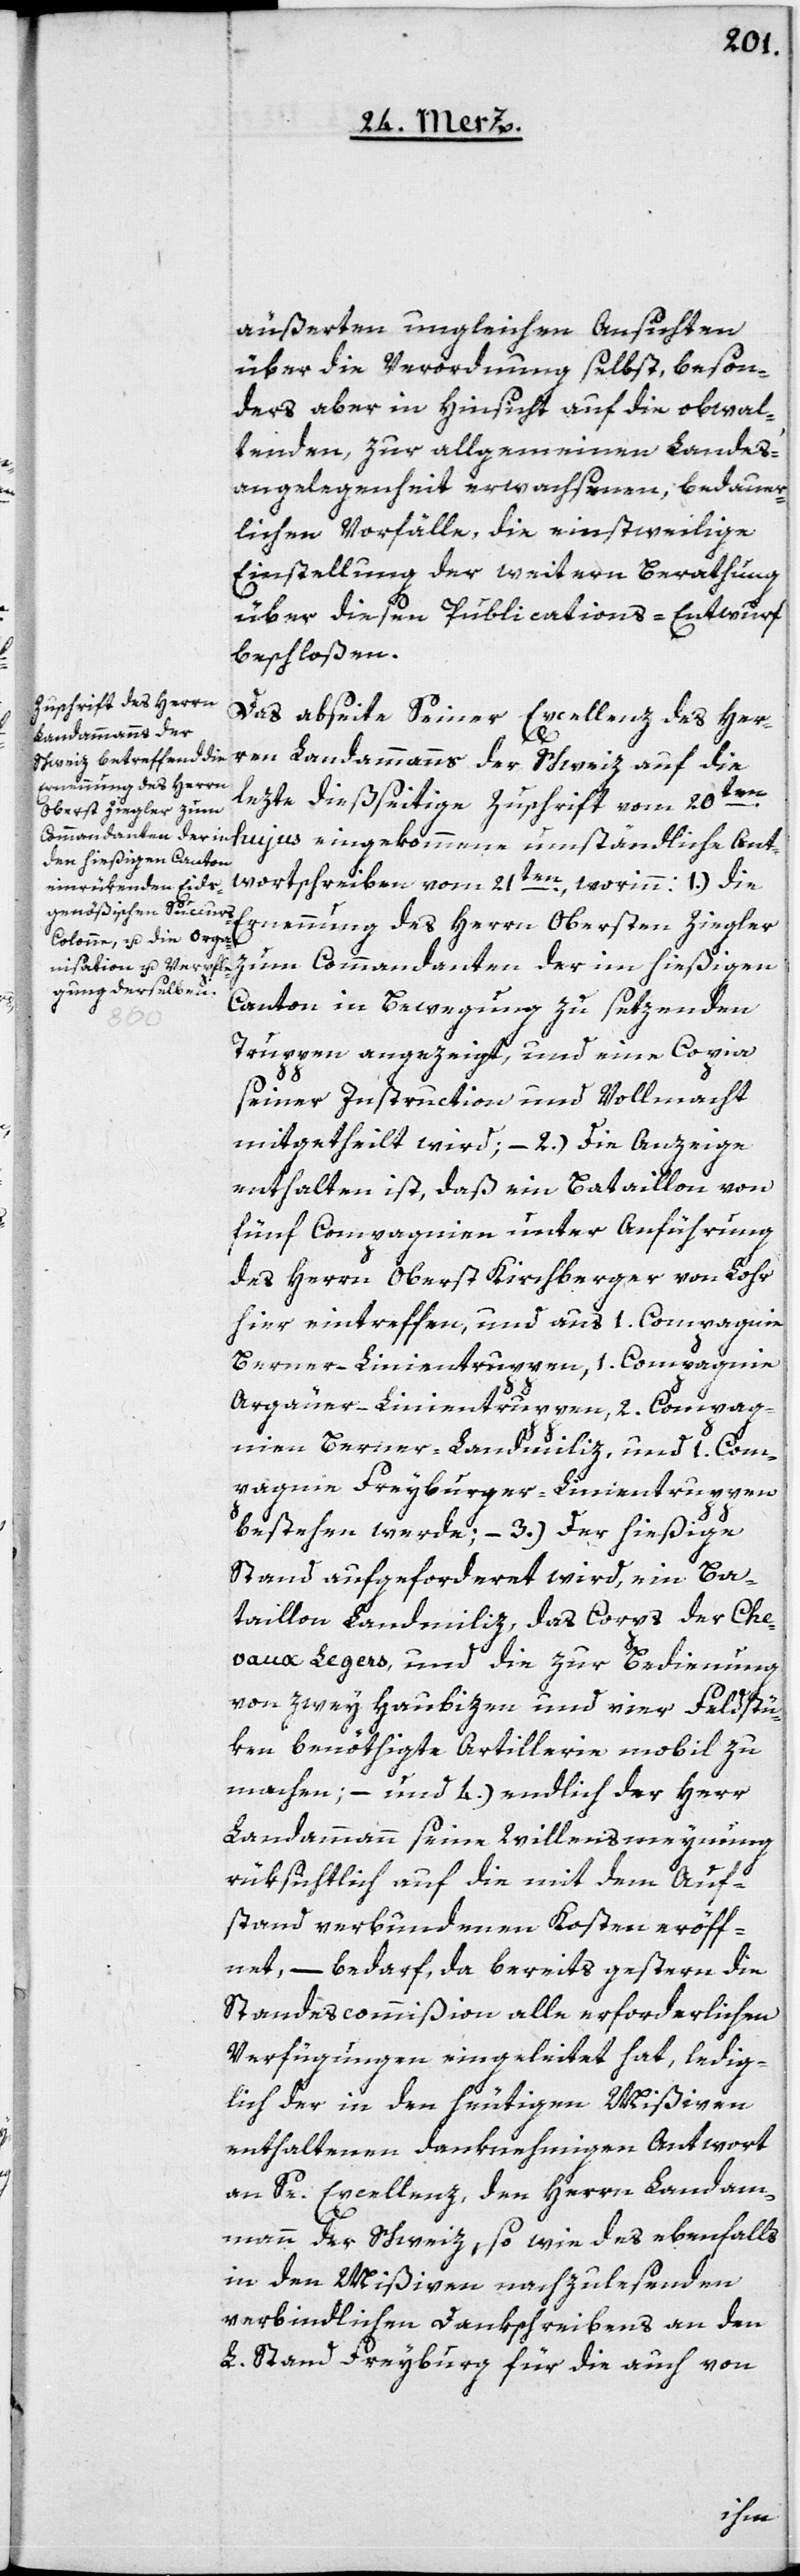
äußerten ungleichen Ansichten,
über die Verordnung selbst, beson¬
ders aber in Hinsicht auf die obwal¬
tenden, zur allgemeinen Landes¬
angelegenheit erwachsenen, bedauer¬
lichen Vorfälle, die einstweilige
Einstellung der weitern Berathung
über diesen Publications-Entwurf
beschlossen.
Das abseite Seiner Excellenz des Her¬
ren Landammanns der Schweiz auf die
Ernennung des Herrn
lezte dießseitige Zuschrift vom 20ten
Obersten Ziegler zum
Commandanten der im
hujus eingekommene umständliche Ant¬
wortschreiben vom 21ten, worinn: 1.) die
Canton in Bewegung zu setzenden
Truppen angezeigt, und eine Copia
seiner Instruction und Vollmacht
mitgetheilt wird; – 2.) die Anzeige
enthalten ist, daß ein Bataillon von
fünf Compagnien unter Anführung
des Herrn Oberst Kirchberger von Lohr
hier eintreffen, und aus 1. Compagnie
Berner-Linientruppen, 1. Compagnie
Argauer-Linientruppen, 2. Compag¬
nien Berner-Landmiliz, und 1. Com¬
pagnie Freyburger-Linientruppen
bestehen werde, – 3.) Der hießige
Stand aufgeforderet wird, ein Ba¬
taillon Landmiliz, das Corps der Che¬
vaux Legers und die zur Bedienung
von zwey Haubizen und vier Feldstü¬
ken benöthigte Artillerie mobil zu
machen; – und 4.) endlich der Herr
Landammann seine Willensmeynung
rüksichtlich auf die mit dem Auf¬
stand verbundenen Kosten eröff¬
net, – bedarf, da bereits gestern die
Standescommißion alle erforderlichen
Verfügungen eingeleitet hat, ledig¬
lich der in den heutigen Mißiven
enthaltenen danknehmigen Antwort
an Se. Excellenz, den Herrn Landam¬
mann der Schweiz, so wie des ebenfalls
in den Mißiven nachzulesenden
verbindlichen Dankschreibens an den
L. Stand Freyburg für die auch von